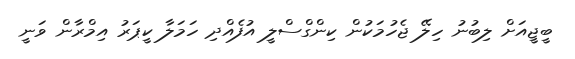
ބީޖީއަށް ލިބުނު ހިލޭ ޖެހުމަކުން ކިންގްސްލީ އުފެއްދި ހަމަލާ ކީޕަރު އިމްރާން ވަނީ